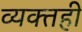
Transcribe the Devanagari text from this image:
व्‍यक्‍तही